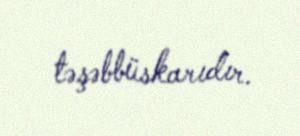
təşəbbüskarıdır.